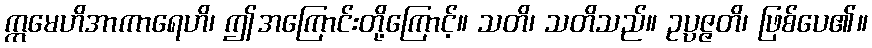
ဣမေဟိအာကာရေဟိ၊ ဤအကြောင်းတို့ကြောင့်။ သတိ၊ သတိသည်။ ဥပ္ပဇ္ဇတိ၊ ဖြစ်ပေ၏။